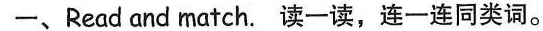
一、Read and match. 读一读,连一连同类词.